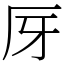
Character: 厊